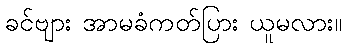
ခင်ဗျား အာမခံကတ်ပြား ယူမလား။